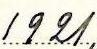
1921